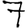
Digit: 7